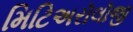
મિટિઅરૉલૉજી